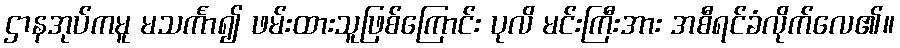
ဌာနအုပ်ကမူ မသင်္ကာ၍ ဖမ်းထားသူဖြစ်ကြောင်း ပုလိ မင်းကြီးအား အစီရင်ခံလိုက်လေ၏။